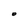
Character: 0